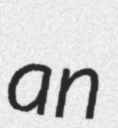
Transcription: an